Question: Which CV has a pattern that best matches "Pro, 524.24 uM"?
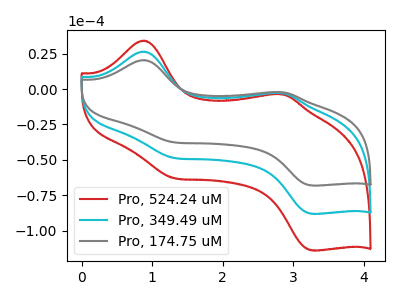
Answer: <think>The red curve "Pro, 524.24 uM" has anodic peaks at (0.85V, 52.95uA) (2.85V, -5.70uA) and cathodic peaks at (1.30V, -97.35uA) (3.25V, -176.30uA). The cyan curve "Pro, 349.49 uM" has anodic peaks at (0.85V, 26.45uA) (2.85V, -2.85uA) and cathodic peaks at (1.30V, -48.65uA) (3.25V, -88.15uA). The gray curve "Pro, 174.75 uM" has anodic peaks at (0.85V, 20.45uA) (2.85V, -2.20uA) and cathodic peaks at (1.30V, -37.65uA) (3.25V, -68.15uA).
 All the peaks in "Pro, 524.24 uM" have a peak in "Pro, 349.49 uM" at the same potential. All the peaks in "Pro, 524.24 uM" have a peak in "Pro, 174.75 uM" at the same potential. All the peaks in "Pro, 349.49 uM" have a peak in "Pro, 174.75 uM" at the same potential.</think>
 <answer>"Pro, 524.24 uM" and "Pro, 349.49 uM" have a similar shape to "Pro, 174.75 uM".</answer>
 <eval>"Pro, 524.24 uM" "Pro, 349.49 uM"</eval>